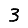
Digit: 3